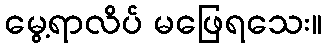
မွေ့ရာလိပ် မဖြေရသေး။